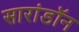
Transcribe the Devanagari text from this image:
सारांडॉन